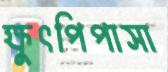
ক্ষুৎপিপাসা